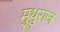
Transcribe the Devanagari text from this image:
मुथुराज